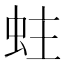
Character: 蛀